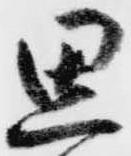
思